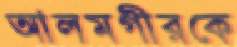
আলমগীরকে